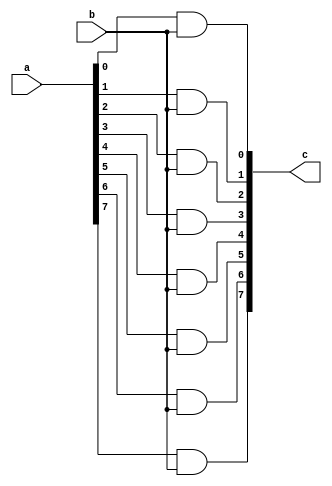
//---------------------------------------------------
//COPYRIGHT (C) 2021, lizhun, Fudan University
//lizhun    email:21212020102@m.fudan.edu.cn
//Fudan University        www.fudan.edu.cn              
//-----------------------------------------
//Descripttion: this is 
//version: 1.0
//LastEditors: lizhun
//LastEditTime: 2021-11-30 18:17:59
//---------------------------------------------------
module products8 (   a,
                    b,
                    c);
input   [7:0]  a;
input           b;
output  [7:0]  c;
wire    [7:0]  a;
wire            b;
wire    [7:0]  c;
genvar i;
generate
    for(i=0;i<8;i=i+1)
        begin:products
            and a1(c[i],a[i],b);
        end
endgenerate
endmodule